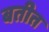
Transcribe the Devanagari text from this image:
बतीत